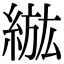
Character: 𦁷